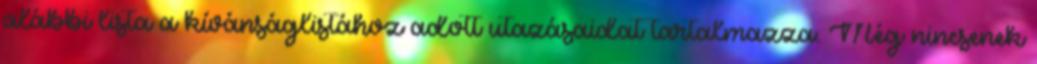
alábbi lista a kívánságlistához adott utazásaidat tartalmazza. Még nincsenek